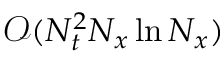
\mathcal { O } ( N _ { t } ^ { 2 } N _ { x } \ln N _ { x } )